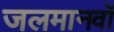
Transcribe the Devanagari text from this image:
जलमानवों